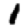
Digit: 1